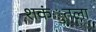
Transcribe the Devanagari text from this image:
शकंुतला